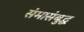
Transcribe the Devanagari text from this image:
संमासंबुद्ध